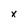
Character: x